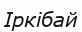
Іркібай